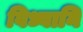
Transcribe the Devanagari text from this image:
विध्वानि